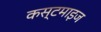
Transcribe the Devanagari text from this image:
कस्टमाइज